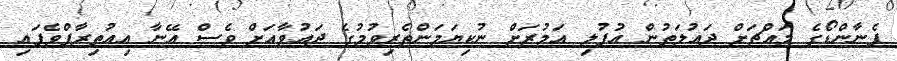
ފެނާންޑޯގެ މައްޗަށް ދައުލަތުން އުފުލި އަމުރަށް ނުކިޔަމަންތެރިވުމުގެ ދައުވާއަށް ވެސް އޭނާ އިއުތިރާފްވެފައި